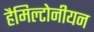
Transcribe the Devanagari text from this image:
हैमिल्टोनीयन